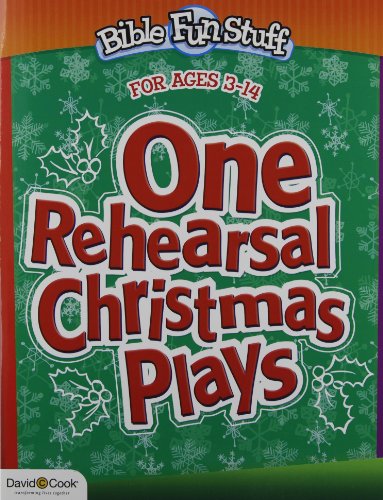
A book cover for One Rehearsal Christmas Plays (Bible Funstuff); Kendra Smiley; Christian Books & Bibles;